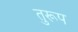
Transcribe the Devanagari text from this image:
तुरूप